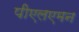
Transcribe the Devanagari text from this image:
पीएलएमन